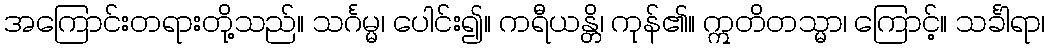
အကြောင်းတရားတို့သည်။ သင်္ဂမ္မ၊ ပေါင်း၍။ ကရီယန္တိ၊ ကုန်၏။ ဣတိတသ္မာ၊ ကြောင့်။ သင်္ခါရာ၊